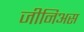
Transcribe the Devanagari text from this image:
जीनिअस